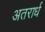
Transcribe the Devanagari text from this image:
अतरार्ध